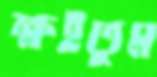
ক্ষইতুম